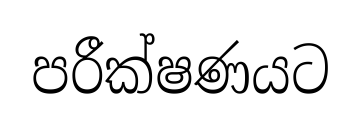
පරීක්ෂණයට